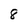
Character: 8